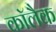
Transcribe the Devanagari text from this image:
कॉलैक